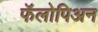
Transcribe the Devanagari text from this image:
फॅलोपिअन